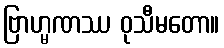
ဗြာဟ္မဏဿ ဝုသီမတော။